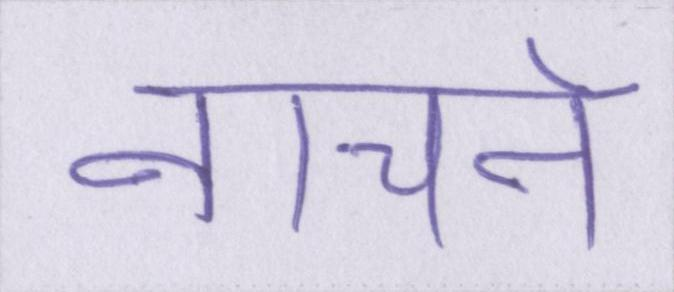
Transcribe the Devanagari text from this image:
नाचने